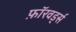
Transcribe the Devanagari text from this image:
फ़ॉरवर्ड्स